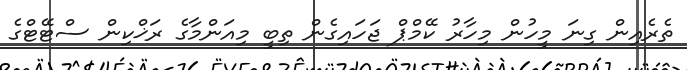
ތެރެއިން ގިނަ މީހުން މިހާރު ކޭމްޕް ޖަހައިގެން ތިބީ މިއަންމާގެ ރަޚްކިން ސްޓޭޓްގެ